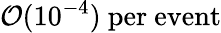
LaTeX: \mathcal{O}(10^{-4})~\mathrm{per~event}